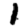
Digit: 1